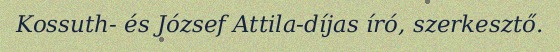
Kossuth- és József Attila-díjas író, szerkesztő.